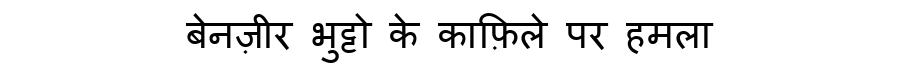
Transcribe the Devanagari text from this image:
बेनज़ीर भुट्टो के काफ़िले पर हमला